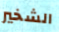
الشخير